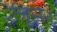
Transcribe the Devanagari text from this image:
लूप।